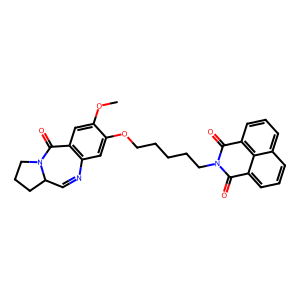
SMILES: COc1cc2c(cc1OCCCCCN1C(=O)c3cccc4cccc(c34)C1=O)N=CC1CCCN1C2=O
Inhibits HIV replication: No